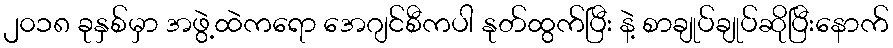
၂၀၁၈ ခုနှစ်မှာ အဖွဲ့ထဲကရော အေဂျင်စီကပါ နုတ်ထွက်ပြီး နဲ့ စာချုပ်ချုပ်ဆိုပြီးနောက်